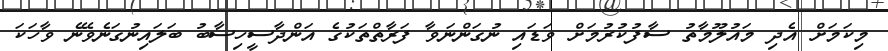
މިކަމަށް އެދި މައުލޫމާތު ސާފުކުރުމަށް ވަޑައި ނުގަންނަވާ ފަރާތްތަކުގެ އަންދާސީހިސާބު ބަލައިނުގަނެވޭނެ ވާހަކަ